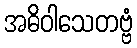
အဓိဝါသေတဗ္ဗံ